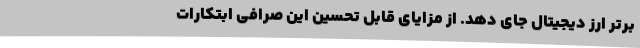
برتر ارز دیجیتال جای دهد. از مزایای قابل تحسین این صرافی ابتکارات